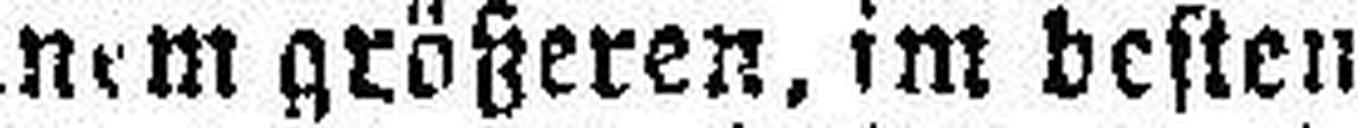
theiligung an einem größeren, im besten